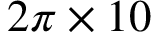
2 \pi \times 1 0